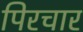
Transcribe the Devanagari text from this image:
पिरचार